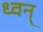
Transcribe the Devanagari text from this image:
ध्वन्